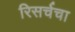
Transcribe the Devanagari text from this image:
रिसर्चचा